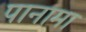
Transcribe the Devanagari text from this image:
पानामा